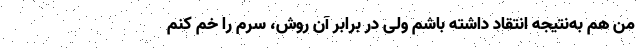
من هم به‌نتیجه انتقاد داشته باشم ولی در برابر آن روش، سرم را خم کنم